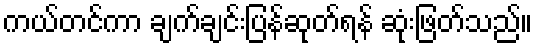
ကယ်တင်ကာ ချက်ချင်းပြန်ဆုတ်ရန် ဆုံးဖြတ်သည်။